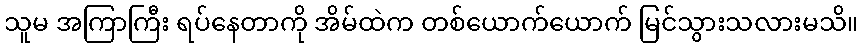
သူမ အကြာကြီး ရပ်နေတာကို အိမ်ထဲက တစ်ယောက်ယောက် မြင်သွားသလားမသိ။